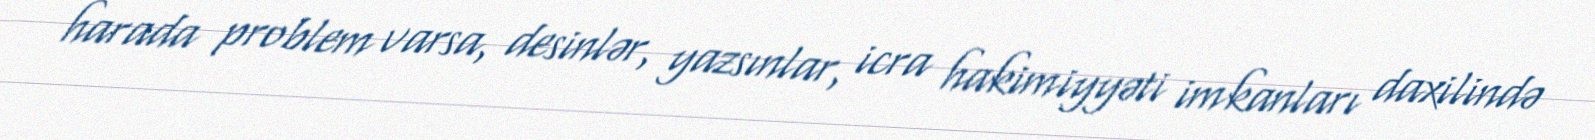
harada problem varsa, desinlər, yazsınlar, icra hakimiyyəti imkanları daxilində